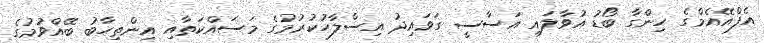
އެފްއޭއެމްގެ ހިންގާ ބޯޑު އުވާލައި އަސާސީ ގަވައިދު އިސްލާހުކުރުމުގެ މަސައްކަތާއި އިންތިހާބު ބޭއްވުމުގެ